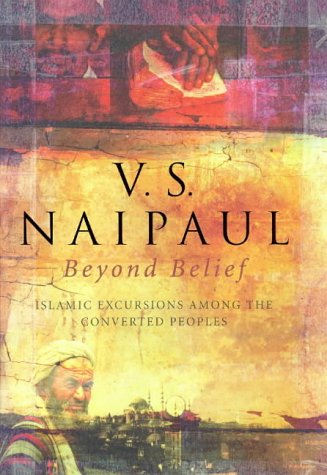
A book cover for Beyond Belief; V. S. Naipaul; Travel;